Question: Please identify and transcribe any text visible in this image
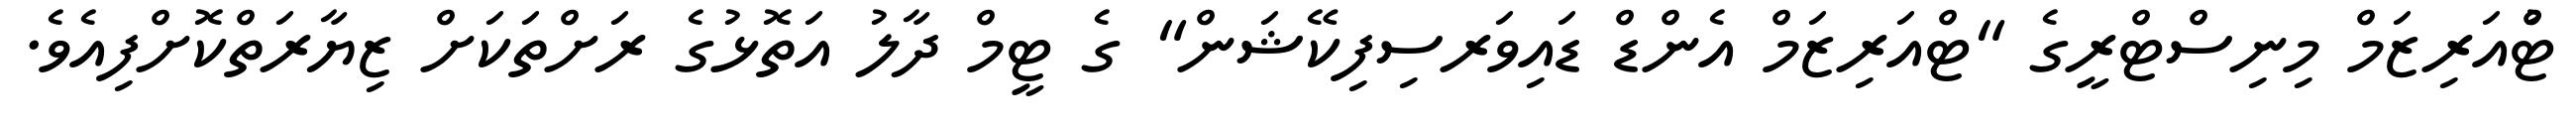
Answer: ޓްުއަރިޒަމް މިނިސްޓްރީގެ "ޓްއަރިޒަމް އެންޑް ޑައިވަރސިފިކޭޝަން" ގެ ޓީމް ދާލު އަތޮޅުގެ ރަށްތަކަށް ޒިޔާރަތްކޮށްފިއެވެ.